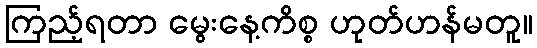
ကြည့်ရတာ မွေးနေ့ကိစ္စ ဟုတ်ဟန်မတူ။